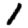
Digit: 1